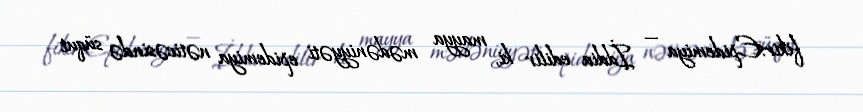
fikir:Epidemiya — İddia edilir ki, mayya mədəniyyəti epidemiya nəticəsində süqut